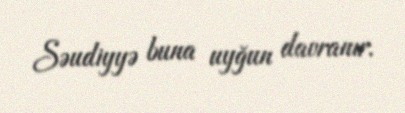
Səudiyyə buna uyğun davranır.